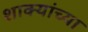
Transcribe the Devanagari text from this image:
शाक्यांच्या